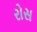
રોસ